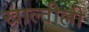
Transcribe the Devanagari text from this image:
खाल्तील्ली